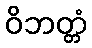
ဝိဘတ္တံ